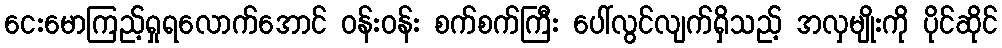
ငေးမောကြည့်ရှုရလောက်အောင် ဝန်းဝန်း စက်စက်ကြီး ပေါ်လွင်လျက်ရှိသည့် အလှမျိုးကို ပိုင်ဆိုင်